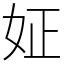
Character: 姃